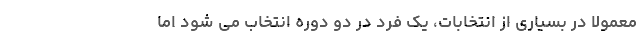
معمولا در بسیاری از انتخابات، یک فرد در دو دوره انتخاب می شود اما